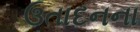
ઉતાદનના